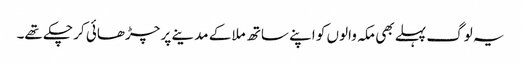
یہ لوگ پہلے بھی مکہ والوں کو اپنے ساتھ ملا کے مدینے پر چڑھائی کر چکے تھے۔